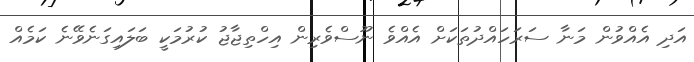
އަދި އެއްވުން މަނާ ސަރަހައްދުތަކަށް އެއްވެ ނޫސްވެރިން އިހްތިޖާޖު ކުރުމަކީ ބަލައިގަނެވޭނެ ކަމެއް